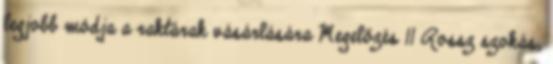
legjobb módja a raktárak vásárlására Megelőzés 11 Rossz szokás,